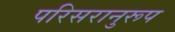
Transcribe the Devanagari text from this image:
परिसरानुरूप